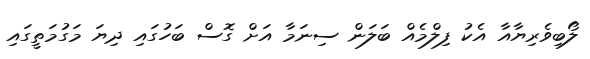
ލޯބިވެރިޔާއާ އެކު ފިލްމެއް ބަލަން ސިނަމާ އަށް ގޮސް ބަހުގައި ދިޔަ މަގުމަތީގައި